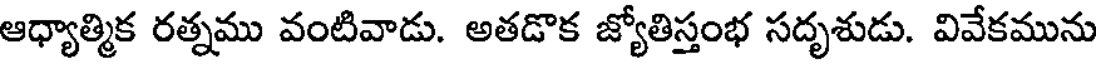
ఆధ్యాత్మిక రత్నము వంటివాడు. అతడొక జ్యోతిస్తంభ సదృశుడు. వివేకమును